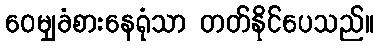
ဝေမျှခံစားနေရုံသာ တတ်နိုင်ပေသည်။